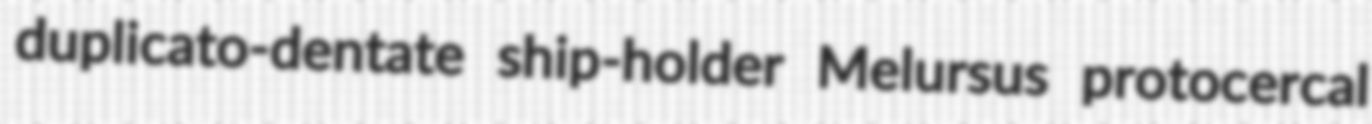
duplicato-dentate ship-holder Melursus protocercal